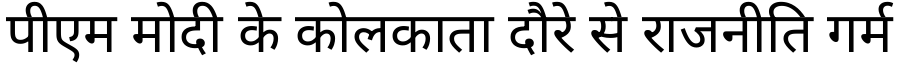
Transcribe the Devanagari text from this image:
पीएम मोदी के कोलकाता दौरे से राजनीति गर्म